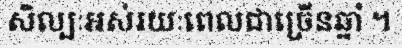
សិល្បៈអស់រយៈពេលជាច្រើនឆ្នាំ ។